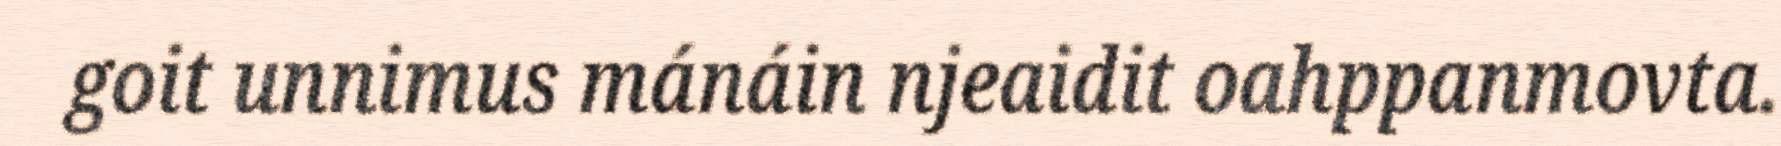
goit unnimus mánáin njeaidit oahppanmovta.